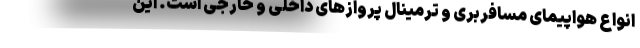
انواع هواپیمای مسافربری و ترمینال پروازهای داخلی و خارجی است. این